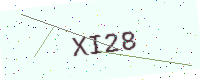
Text: XI28